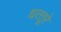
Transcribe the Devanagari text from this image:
धत्‍तूरे